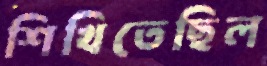
শিখিতেছিল